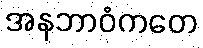
အနဘာဝံကတေ